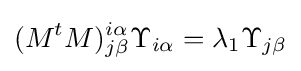
(M^{t}M)_{j\beta }^{i\alpha }\Upsilon _{i\alpha }=\lambda _{1}\Upsilon _{j\beta }